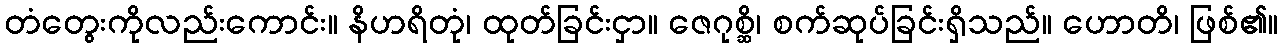
တံတွေးကိုလည်းကောင်း။ နိဟရိတုံ၊ ထုတ်ခြင်းငှာ။ ဇေဂုစ္ဆိ၊ စက်ဆုပ်ခြင်းရှိသည်။ ဟောတိ၊ ဖြစ်၏။